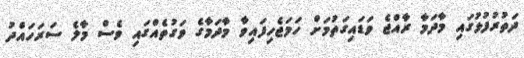
ދަތުރުފުޅުގައި މާދަމާ ރާއްޖެ ވަޑައިގަތުމަށް ހަމަޖެހިފައިވާ މާދަމާގެ ވަގުތެއްގައި ވެސް މާލެ ސަރަހައްދު